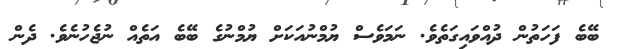
ބޭބެ ފަހަތުން ދުއްވައިގަތެވެ. ނަމަވެސް ޔުމްނުއަކަށް ޔުމްނުގެ ބޭބެ އަތެއް ނުޖެހުނެވެ. ދެން